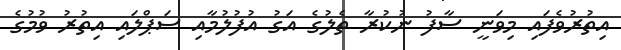
އިތުރުވެފައި މިވަނީ ސާފު ނުކުރާ ތެލުގެ އަގު އުފުލުމާއި ސަޕްލައި އިތުރު ވުމުގެ